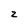
Character: z